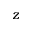
z